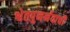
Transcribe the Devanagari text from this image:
श्वेतपुनर्नवाची